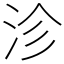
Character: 沴